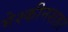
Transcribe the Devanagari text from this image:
मेश्कीनशहर